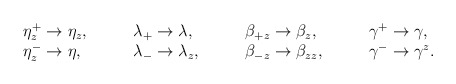
\begin{align*}\begin{array}{llll}\eta_z^+\rightarrow\eta_z,\quad &\quad\lambda_+\rightarrow \lambda,\quad &\quad \beta_{+z}\rightarrow \beta_z,\quad &\quad\gamma^+\rightarrow \gamma,\\\eta^-_{z}\rightarrow\eta,\quad &\quad\lambda_-\rightarrow \lambda_z,\quad &\quad \beta_{-z}\rightarrow \beta_{zz},\quad &\quad\gamma^-\rightarrow \gamma^z.\end{array}\end{align*}